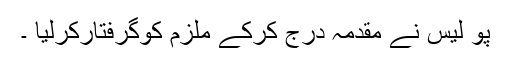
پو لیس نے مقدمہ درج کرکے ملزم کوگرفتارکرلیا ۔